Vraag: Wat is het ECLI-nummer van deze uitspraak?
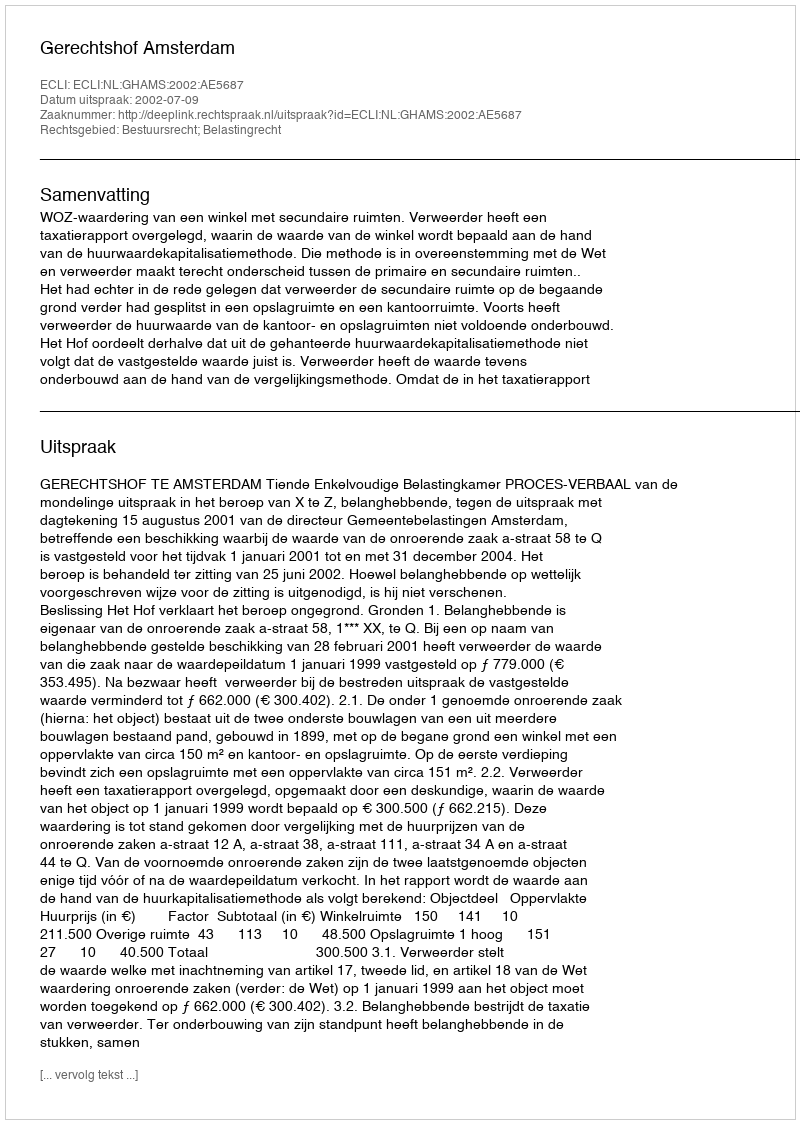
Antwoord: ECLI:NL:GHAMS:2002:AE5687